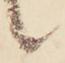
候